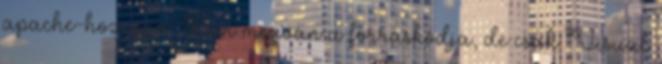
apache-hoz van. Bár megvan a forráskódja, de csak Visual